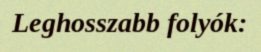
Leghosszabb folyók: